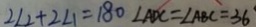
2 \angle 2 + 2 \angle 1 = 1 8 0 \angle A D C = \angle A B C = 3 6